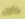
كأول